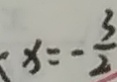
x = - \frac { 3 } { 2 }